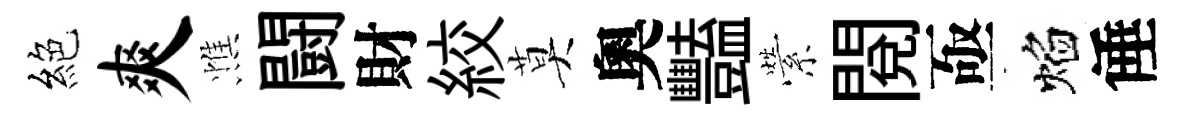
絕爽憔闘財絞莫奧豔縈閲亟焰倕